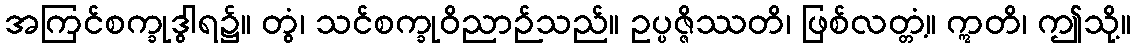
အကြင်စက္ခုဒွါရ၌။ တွံ၊ သင်စက္ခုဝိညာဉ်သည်။ ဥပ္ပဇ္ဇိဿတိ၊ ဖြစ်လတ္တံ့။ ဣတိ၊ ဤသို့။